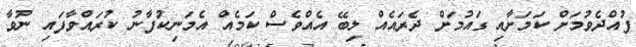
ފުއްދެވުމަށް ކަމަށާއި ގައުމަށް ދެރައެއް ލިބޭ އެއްވެސް ކަމެއް އެމަނިކުފާނު ކުރައްވާފައި ނުވާ